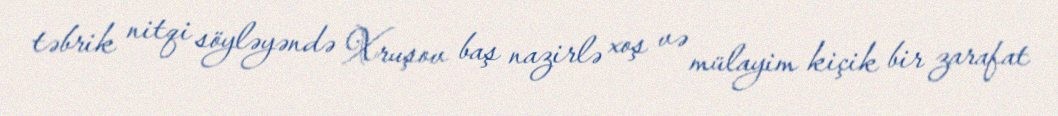
təbrik nitqi söyləyəndə Xruşov baş nazirlə xoş və mülayim kiçik bir zarafat